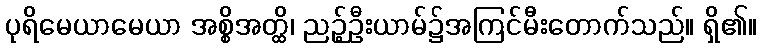
ပုရိမေယာမေယာ အစ္စိအတ္ထိ၊ ညဉ့်ဦးယာမ်၌အကြင်မီးတောက်သည်။ ရှိ၏။